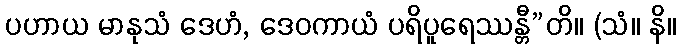
ပဟာယ မာနုသံ ဒေဟံ, ဒေဝကာယံ ပရိပူရေဿန္တီ”တိ။ (သံ။ နိ။